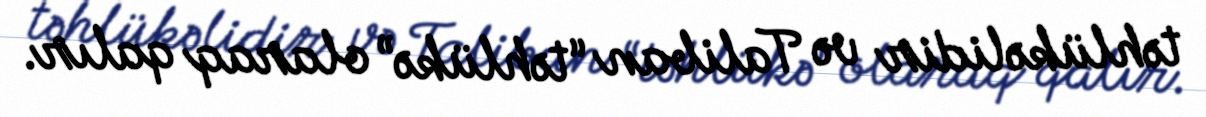
təhlükəlidir və Taliban “təhlükə” olaraq qalır.